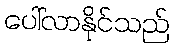
ပေါ်လာနိုင်သည်